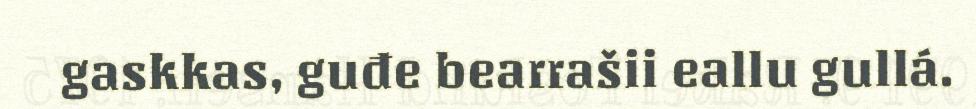
gaskkas, guđe bearrašii eallu gullá.